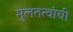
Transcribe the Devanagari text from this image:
मुलतत्वांची